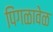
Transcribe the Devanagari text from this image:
पिंगळावेळ